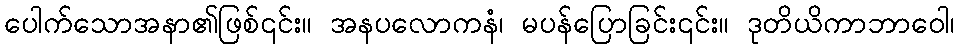
ပေါက်သောအနာ၏ဖြစ်၎င်း။ အနပလောကနံ၊ မပန်ပြောခြင်း၎င်း။ ဒုတိယိကာဘာဝေါ၊